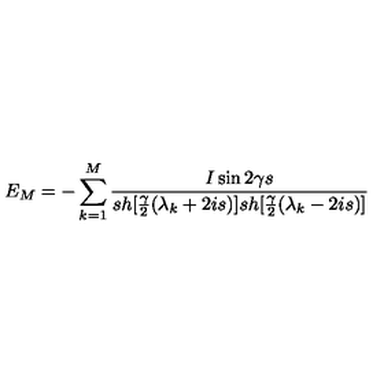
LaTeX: E _ { M } = - \sum _ { k = 1 } ^ { M } \frac { I \sin 2 \gamma s } { s h [ \frac { \gamma } { 2 } ( \lambda _ { k } + 2 i s ) ] s h [ \frac { \gamma } { 2 } ( \lambda _ { k } - 2 i s ) ] }